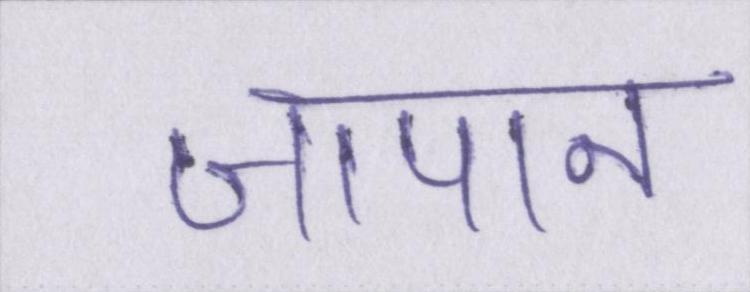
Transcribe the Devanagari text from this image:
जापान